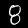
Digit: 8